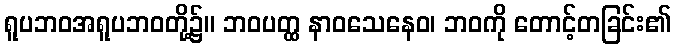
ရူပဘဝအရူပဘဝတို့၌။ ဘဝပတ္ထ နာဝသေနေဝ၊ ဘဝကို တောင့်တခြင်း၏